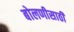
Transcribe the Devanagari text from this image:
बोलणीसाठी